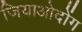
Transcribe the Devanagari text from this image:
जियाओदोंग